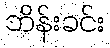
ဘိန်းခင်း